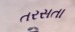
તરસતા